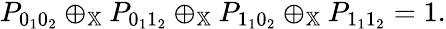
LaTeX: \begin{array}{r}{P_{0_{1}0_{2}}\oplus_{\mathbb{X}}P_{0_{1}1_{2}}\oplus_{\mathbb{X}}P_{1_{1}0_{2}}\oplus_{\mathbb{X}}P_{1_{1}1_{2}}=1.}\end{array}